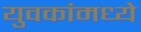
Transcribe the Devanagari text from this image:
युवकांमध्ये